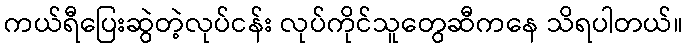
ကယ်ရီပြေးဆွဲတဲ့လုပ်ငန်း လုပ်ကိုင်သူတွေဆီကနေ သိရပါတယ်။